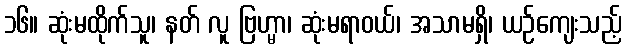
၁၆။ ဆုံးမထိုက်သူ၊ နတ် လူ ဗြဟ္မာ၊ ဆုံးမရာဝယ်၊ အသာမရှိ၊ ယဉ်ကျေးသည့်